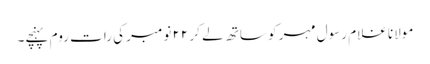
مولانا غلام رسول مہر کو ساتھ لے کر ٢٢ نومبر کی رات روم پہنچے۔